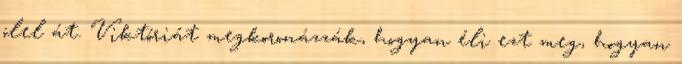
ölel át. Viktóriát megkoronázzák, hogyan éli ezt meg, hogyan